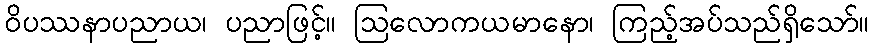
ဝိပဿနာပညာယ၊ ပညာဖြင့်။ ဩလောကယမာနော၊ ကြည့်အပ်သည်ရှိသော်။